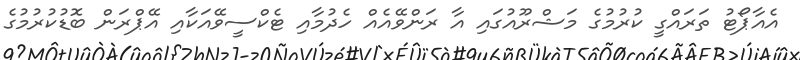
އެއާޕޯޓު ތަރައްގީ ކުރުމުގެ މަޝްރޫއުގައި އާ ރަންވޭއެއް ހެދުމާއި ޓެކްސީވޭއަކާއި އޭޕްރަން ބޮޑުކުރުމުގެ